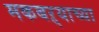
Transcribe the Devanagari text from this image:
मकबऱ्याच्या